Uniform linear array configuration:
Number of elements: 24
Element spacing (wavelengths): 1
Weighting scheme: binomial
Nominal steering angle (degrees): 0
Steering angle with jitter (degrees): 1.904
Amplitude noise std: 0.05
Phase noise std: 0.05

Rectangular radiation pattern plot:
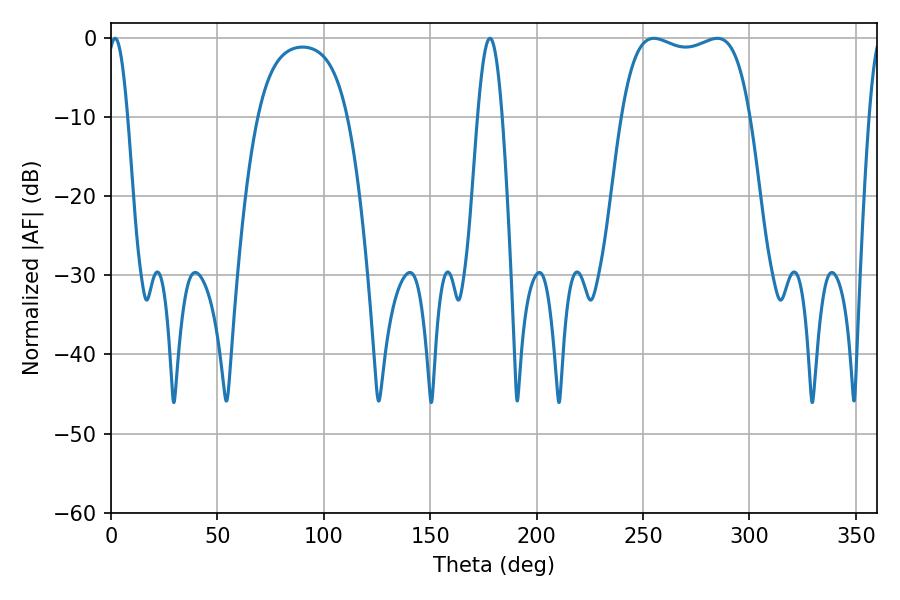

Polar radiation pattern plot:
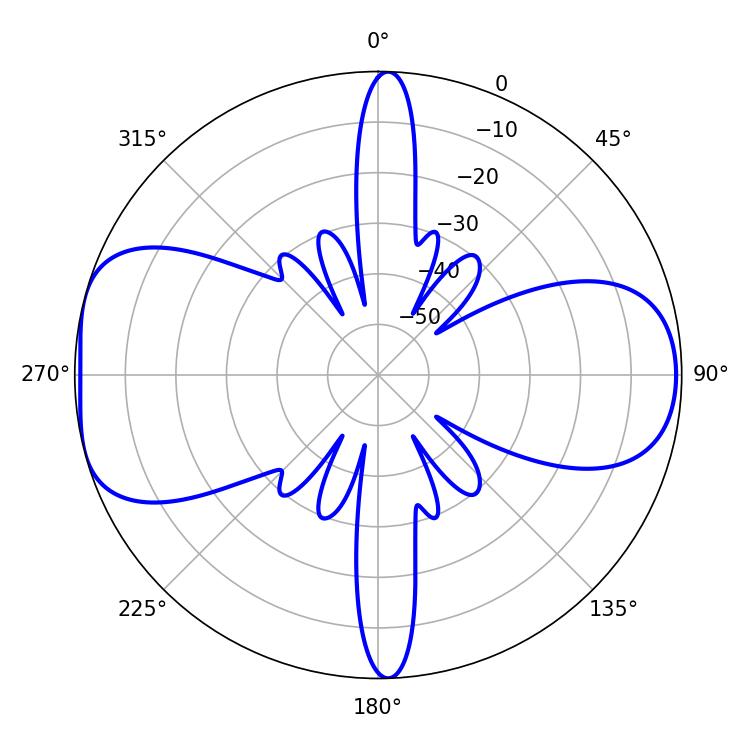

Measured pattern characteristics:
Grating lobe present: TRUE
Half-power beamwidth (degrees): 48.6
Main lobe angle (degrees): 255.06